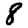
Digit: 8